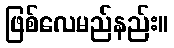
ဖြစ်လေမည်နည်း။